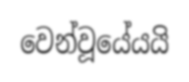
වෙන්වූයේයයි